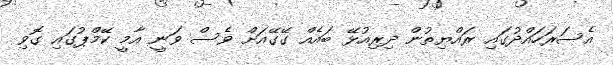
އެސަރަހައްދުގައި ރައްޔިތުން ދިރިއުޅޭ ބައެއް ގޭގޭއަށް ވެސް ވަނީ އާމީ ކޭމްޕުގައި ގޮވި